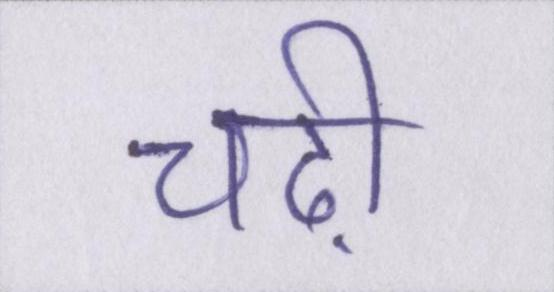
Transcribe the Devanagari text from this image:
चढ़ी